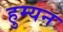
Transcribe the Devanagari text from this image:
हुम्यन